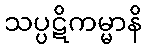
သပ္ပဋိကမ္မာနိ